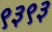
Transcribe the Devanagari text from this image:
९३९३